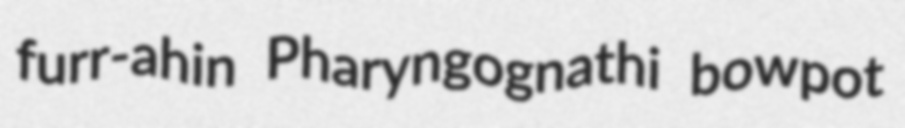
furr-ahin Pharyngognathi bowpot